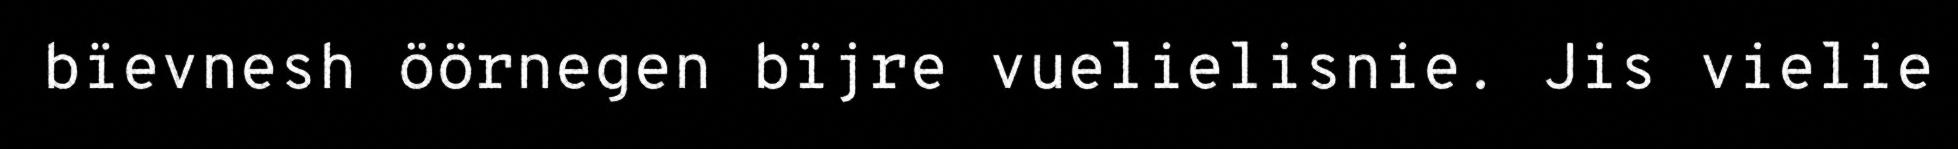
bïevnesh öörnegen bïjre vuelielisnie. Jis vielie